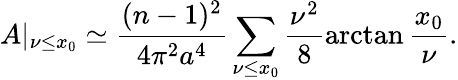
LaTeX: A|_{\nu\leq x_{0}}\simeq\frac{(n-1)^{2}}{4\pi^{2}a^{4}}\sum_{\nu\leq x_{0}}\frac{\nu^{2}}{8}\arctan\frac{x_{0}}{\nu}.